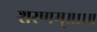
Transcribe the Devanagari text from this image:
शरणम्॥११॥